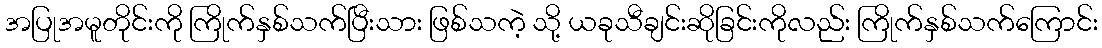
အပြုအမူတိုင်းကို ကြိုက်နှစ်သက်ပြီးသား ဖြစ်သကဲ့ သို့ ယခုသီချင်းဆိုခြင်းကိုလည်း ကြိုက်နှစ်သက်ကြောင်း